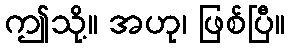
ဤသို့။ အဟု၊ ဖြစ်ပြီ။